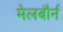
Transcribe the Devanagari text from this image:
मेलबौर्न